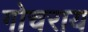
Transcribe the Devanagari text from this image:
गोचराय